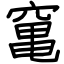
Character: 𥧄